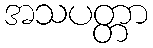
အသပတ္တာ